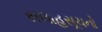
સલાહસૂચનો